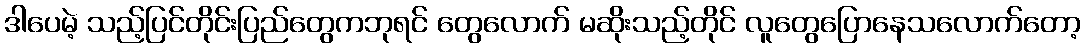
ဒါပေမဲ့ သည့်ပြင်တိုင်းပြည်တွေကဘုရင် တွေလောက် မဆိုးသည့်တိုင် လူတွေပြောနေသလောက်တော့